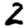
Digit: 2